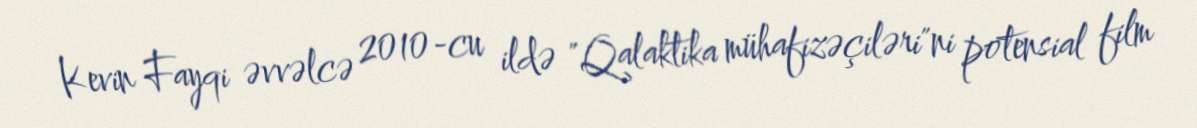
Kevin Fayqi əvvəlcə 2010-cu ildə "Qalaktika mühafizəçiləri"ni potensial film